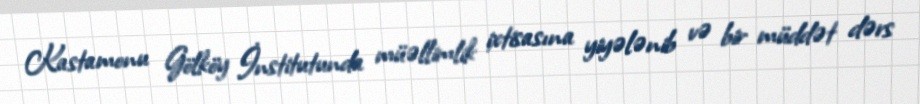
Kastamonu Gölköy İnstitutunda müəllimlik ixtisasına yiyələnib və bir müddət dərs